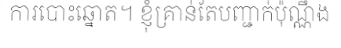
ការបោះឆ្នោត។ ខ្ញុំគ្រាន់តែបញ្ជាក់ប៉ុណ្ណឹង